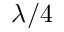
\lambda / 4